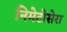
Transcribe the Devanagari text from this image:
निमेटोसेरा